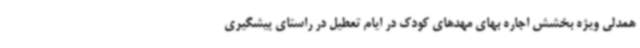
همدلی ویژه بخشش اجاره بهای مهدهای کودک در ایام تعطیل در راستای پیشگیری